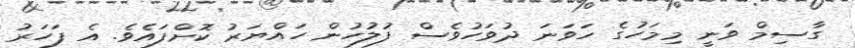
ގާސިމް ވަނީ މިމަހުގެ ހަވަނަ ދުވަހުވެސް ފުލުހުން ހައްޔަރު ކޮށްފައެވެ. އެ ފަހަރު